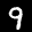
Label: 9